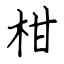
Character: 柑